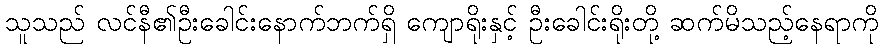
သူသည် လင်နီ၏ဦးခေါင်းနောက်ဘက်ရှိ ကျောရိုးနှင့် ဦးခေါင်းရိုးတို့ ဆက်မိသည့်နေရာကို